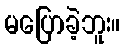
မပြောခဲ့ဘူး။